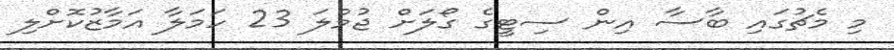
މި މެޗުގައި ބާސާ އިން ސިޓީގެ ގޯލަށް ޖުމްލަ 23 ހަމަލާ އަމާޒުކޮށްލި